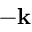
- \mathbf { k }